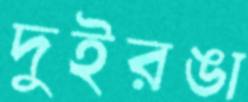
দুইরঙা